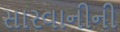
સારવાનીની